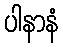
ပါနာနံ